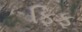
ફિફ